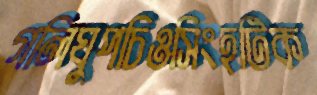
গলিঘুপচিওসিংহটিক